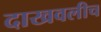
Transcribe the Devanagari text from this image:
दाखवलीच